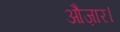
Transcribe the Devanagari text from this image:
औज़ार।